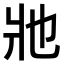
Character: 𤕮